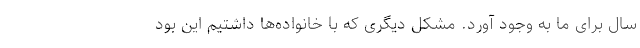
سال برای ما به وجود آورد. مشکل دیگری که با خانواده‌ها داشتیم این بود